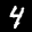
Label: 4